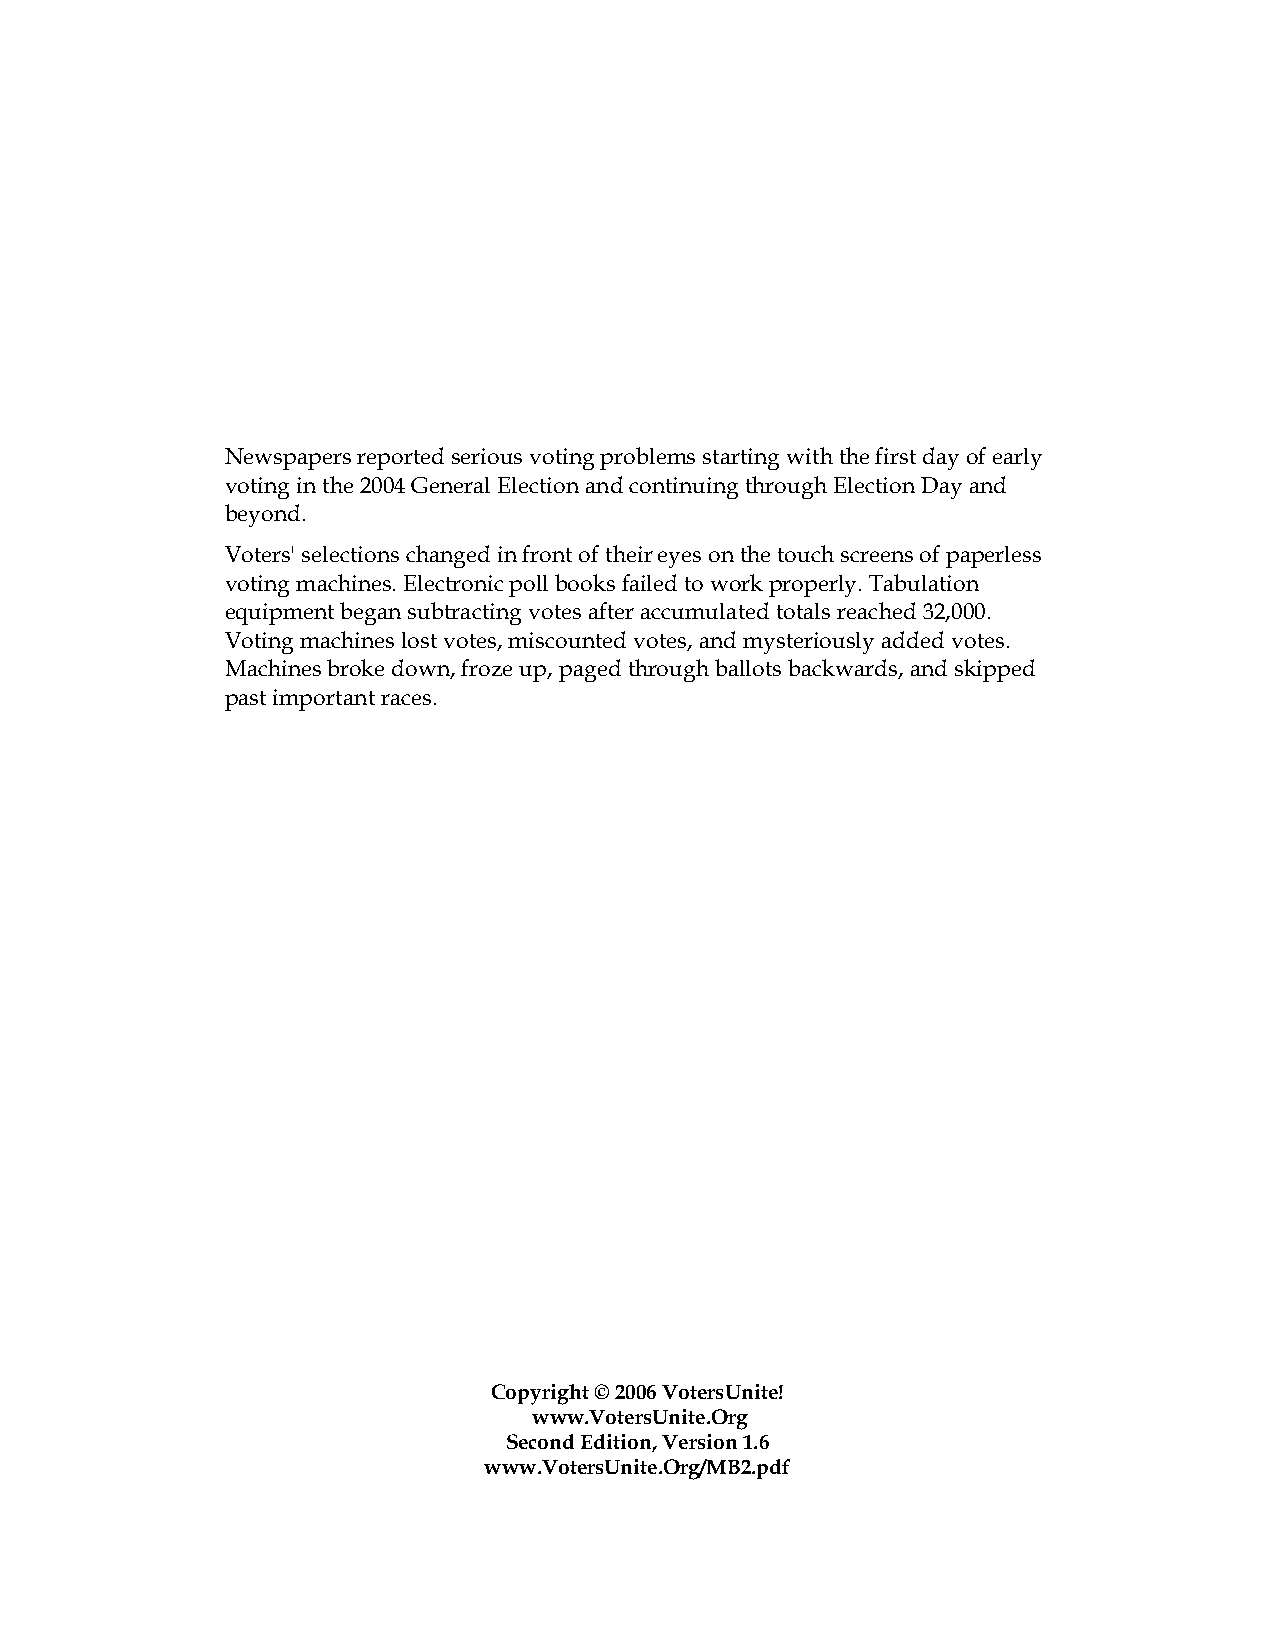
Newspapers reported serious voting problems starting with the first day of early
 voting in the 2004 General Election and continuing through Election Day and
 beyond.
 Voters' selections changed in front of their eyes on the touch screens of paperless
 voting machines. Electronic poll books failed to work properly. Tabulation
 equipment began subtracting votes after accumulated totals reached 32,000.
 Voting machines lost votes, miscounted votes, and mysteriously added votes.
 Machines broke down, froze up, paged through ballots backwards, and skipped
 past important races.
 Copyright © 2006 VotersUnite!
 www.VotersUnite.Org
 Second Edition, Version 1.6
 www.VotersUnite.Org/MB2.pdf